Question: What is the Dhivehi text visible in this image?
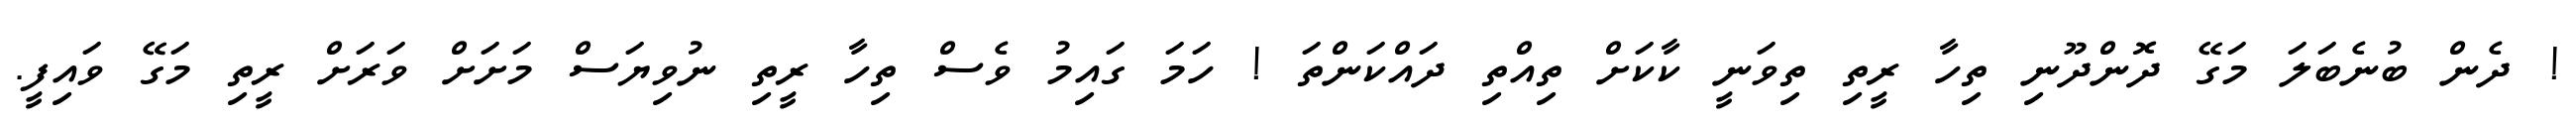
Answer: ! ދެން ބުނެބަލަ މަގޭ ދޮންދޫނި ތިހާ ރީތި ތިވަނީ ކާކަށް ތިއްތި ދައްކަންތަ ! ހަމަ ގައިމު ވެސް ތިހާ ރީތި ނުވިޔަސް މަށަށް ވަރަށް ރީތި މަގޭ ވައިފީ.